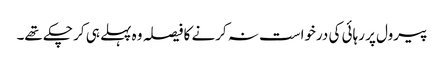
پیرول پر رہائی کی درخواست نہ کرنے کا فیصلہ وہ پہلے ہی کر چکے تھے۔